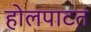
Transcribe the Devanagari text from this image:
होलपाटत